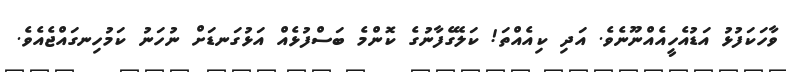
ވާހަކަފުޅު އަޑުއެހީއެއްނޫނެވެ. އަދި ކިއެއްތަ! ކަލޭގެފާނުގެ ކޮންމެ ބަސްފުޅެއް އަޅުގަނޑަށް ނުހަނު ކަމުހިނގައްޖެއެވެ.